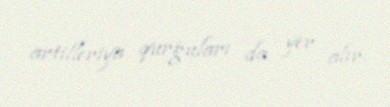
artilleriya qurğuları da yer alır.